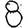
Digit: 8